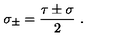
\sigma _ { \pm } = \frac { \tau \pm \sigma } { 2 } \ .